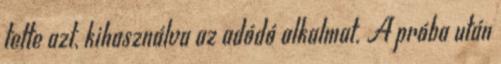
tette azt, kihasználva az adódó alkalmat. A próba után